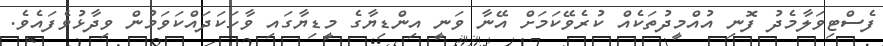
ފެސްޓިވަލާމެދު ފޮނި އުއްމީދުތަކެއް ކުރެވޭކަމަށް އޭނާ ވަނީ އިންޑިޔާގެ މީޑިޔާގައި ވާހަކަދައްކަވަމުން ވިދާޅުވެފައެވެ.